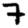
Digit: 7